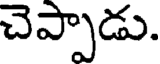
చెప్పాడు.